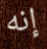
إنه